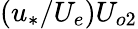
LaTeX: (u_{*}/U_{e})U_{o2}